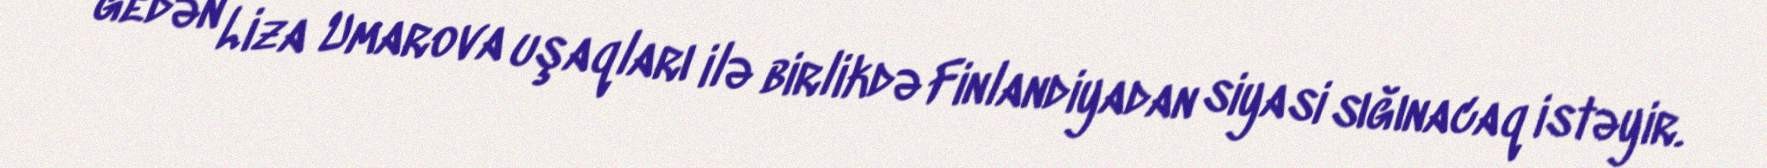
gedən Liza Umarova uşaqları ilə birlikdə Finlandiyadan siyasi sığınacaq istəyir.